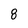
Character: 8